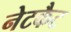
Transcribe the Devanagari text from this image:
नेटकैट